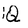
Character: Q